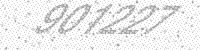
Solution: 901227